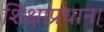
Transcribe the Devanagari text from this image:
शिक्षाप्रधान।